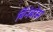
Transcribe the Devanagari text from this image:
बिंनेबोस